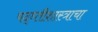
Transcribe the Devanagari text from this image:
पद्ध्तीशास्त्राचा